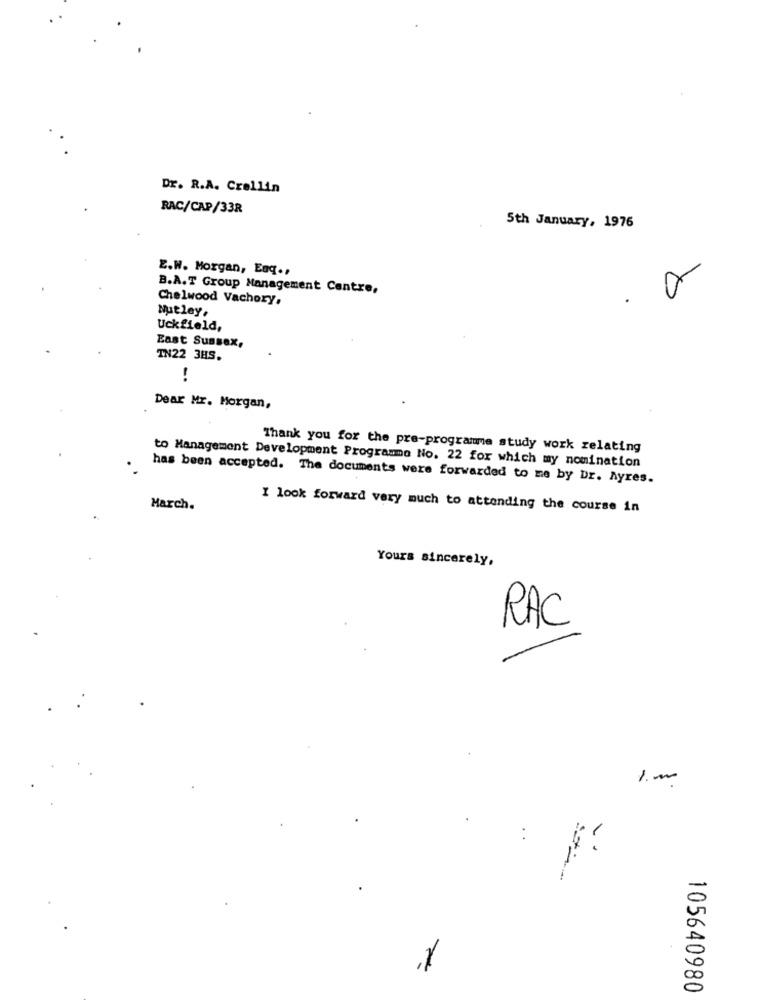
Dr. R.A. Crellin
RAC/CAP/33R
5th January, 1976
2.W. Morgan, Eng .,
B.A.T Group Management Centre,
Chelwood Vachory.
Nutley,
Uckfield,
East Sussex,
TN22 3HS.
!
Dear Mr. Morgan,
Thank you for the pre-programme study work relating
to Management Development Programme No. 22 for which my nomination
has been accepted. The documents were forwarded to me by Dr. Ayres.
March.
I look forward very much to attending the course in
Yours sincerely,
RAC
1. m
-
105640980